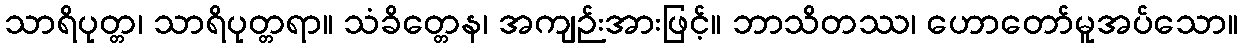
သာရိပုတ္တ၊ သာရိပုတ္တရာ။ သံခိတ္တေန၊ အကျဉ်းအားဖြင့်။ ဘာသိတဿ၊ ဟောတော်မူအပ်သော။